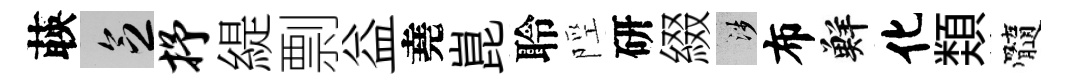
𦴤乏抒緹剽益堯崑聆陘研綴涉布鮮化𩔖髓